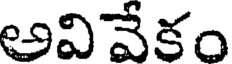
అవివేకం